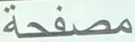
مصفحة